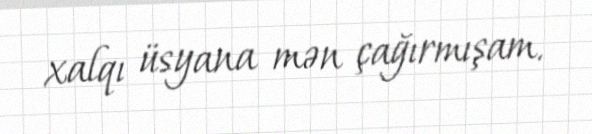
xalqı üsyana mən çağırmışam.